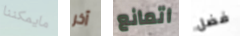
مايمكننا آخر اتمانع فضل